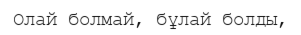
Олай болмай, бұлай болды,